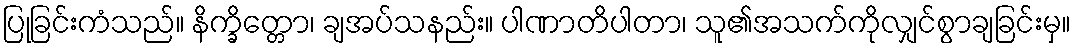
ပြုခြင်းကံသည်။ နိက္ခိတ္တော၊ ချအပ်သနည်း။ ပါဏာတိပါတာ၊ သူ၏အသက်ကိုလျှင်စွာချခြင်းမှ။